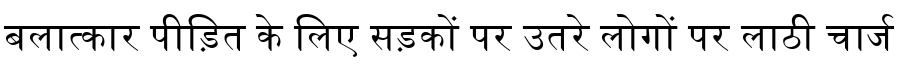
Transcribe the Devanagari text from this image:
बलात्कार पीड़ित के लिए सड़कों पर उतरे लोगों पर लाठी चार्ज